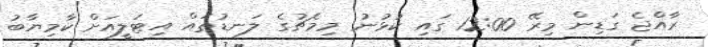
ރާއްޖެ ގަޑިން މިރޭ 12:00 ގައި ކުޅުނު މިމެޗުގެ ލަނޑުތައް އިޓަލީއަށް ކާމިޔާބު